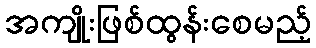
အကျိုးဖြစ်ထွန်းစေမည့်